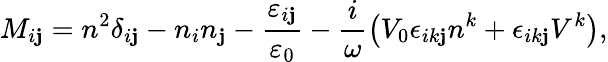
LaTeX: M_{i\mathbf{j}}=n^{2}\delta_{i\mathbf{j}}-n_{i}n_{\mathbf{j}}-\frac{{\varepsilon_{i\mathbf{j}}}}{{\varepsilon_{0}}}-\frac{{i}}{{\omega}}\left(V_{0}\epsilon_{ik\mathbf{j}}n^{k}+\epsilon_{ik\mathbf{j}}V^{k}\right),